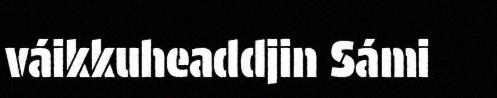
váikkuheaddjin Sámi